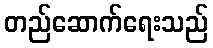
တည်ဆောက်ရေးသည်